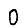
Digit: 0